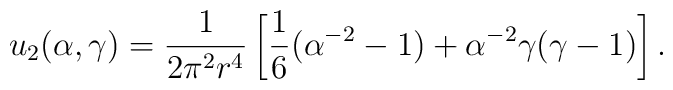
u_2(\alpha, \gamma)=\frac1{2\pi^{2}r^{4}}\left[\frac16(\alpha^{-2}-1)+\alpha^{-2}\gamma(\gamma-1)\right].